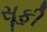
સૂફી